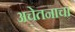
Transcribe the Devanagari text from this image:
अचेतनाचा